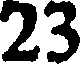
23